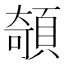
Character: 䫑